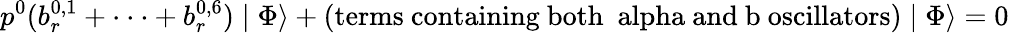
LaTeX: p^{0}(b_{r}^{0,1}+\cdot\cdot\cdot+b_{r}^{0,6})\mid\Phi\rangle+\mathrm{(terms~containing~both~\ alpha~and~b~oscillators)}\mid\Phi\rangle=0